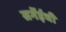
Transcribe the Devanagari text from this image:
सर्गेईची